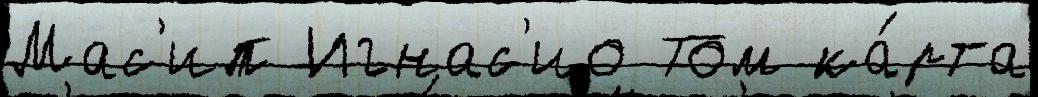
Мас'ип Игнас'ио Том ка́рта